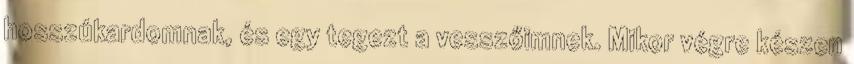
hosszúkardomnak, és egy tegezt a vesszőimnek. Mikor végre készen